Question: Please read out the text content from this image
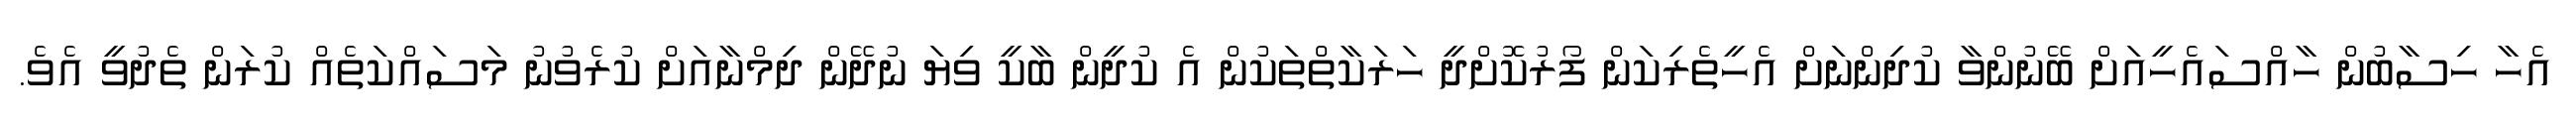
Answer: އެހާ ހިސާބުން ހާއްސައެހީއަށް ބޭނުންވާ ކުދިންނަށް އެހީތެރިކަން ފޯރުކޮށްދީ ހަރަކާތްތަކުން އެ ކުދީން ބާކީ ވިޔަ ނުދޭން ދިމްނާއަށް ކުރެވުނު މަސައްކަތެއް ކުރަން ތެދުވީ އެވެ.